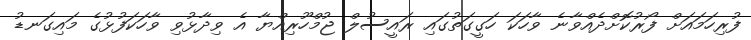
ފުރިހަމައަށް ފޯރުކޮށްދެއްވާނެ ވާހަކަ ހަގީގަތުގައި ރައީސުލް ޖުމްހޫރިއްޔާ އެ ވިދާޅުވި ވާހަކަފުޅުގެ މައިގަނޑު